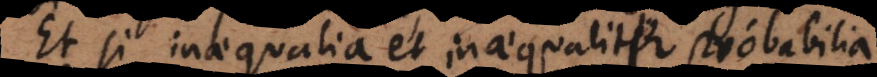
Et si inaequalia et inaequaliter probabilia